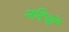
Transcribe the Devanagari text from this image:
नदियों